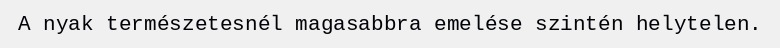
A nyak természetesnél magasabbra emelése szintén helytelen.